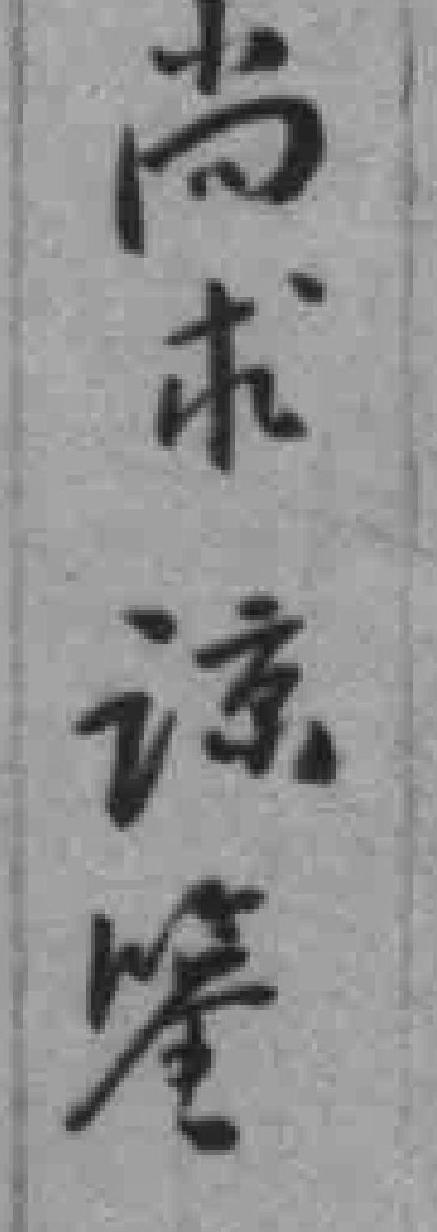
尚求諒鑒